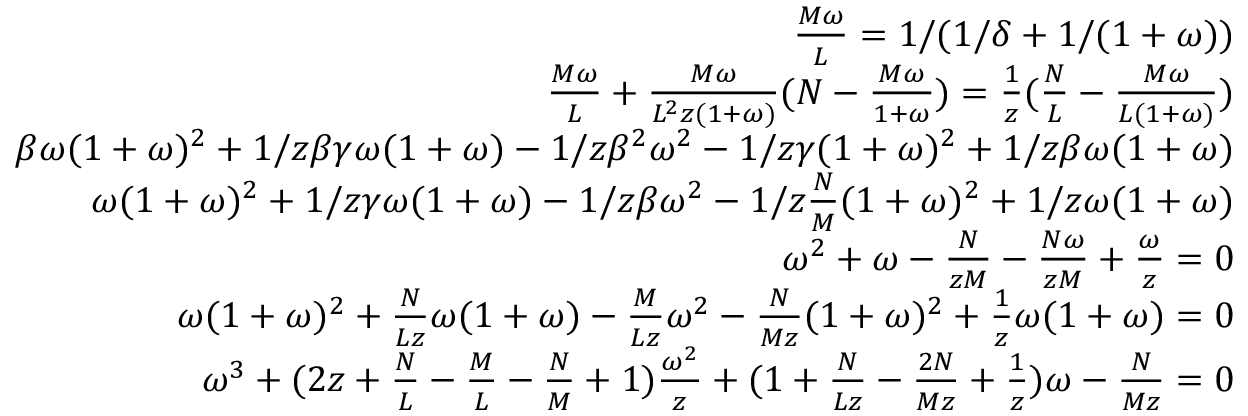
\begin{array} { r } { \frac { M \omega } { L } = 1 / ( 1 / \delta + 1 / ( 1 + \omega ) ) } \\ { \frac { M \omega } { L } + \frac { M \omega } { L ^ { 2 } z ( 1 + \omega ) } ( N - \frac { M \omega } { 1 + \omega } ) = \frac { 1 } { z } ( \frac { N } { L } - \frac { M \omega } { L ( 1 + \omega ) } ) } \\ { \beta \omega ( 1 + \omega ) ^ { 2 } + 1 / z \beta \gamma \omega ( 1 + \omega ) - 1 / z \beta ^ { 2 } \omega ^ { 2 } - 1 / z \gamma ( 1 + \omega ) ^ { 2 } + 1 / z \beta \omega ( 1 + \omega ) } \\ { \omega ( 1 + \omega ) ^ { 2 } + 1 / z \gamma \omega ( 1 + \omega ) - 1 / z \beta \omega ^ { 2 } - 1 / z \frac { N } { M } ( 1 + \omega ) ^ { 2 } + 1 / z \omega ( 1 + \omega ) } \\ { \omega ^ { 2 } + \omega - \frac { N } { z M } - \frac { N \omega } { z M } + \frac { \omega } { z } = 0 } \\ { \omega ( 1 + \omega ) ^ { 2 } + \frac { N } { L z } \omega ( 1 + \omega ) - \frac { M } { L z } \omega ^ { 2 } - \frac { N } { M z } ( 1 + \omega ) ^ { 2 } + \frac { 1 } { z } \omega ( 1 + \omega ) = 0 } \\ { \omega ^ { 3 } + ( 2 z + \frac { N } { L } - \frac { M } { L } - \frac { N } { M } + 1 ) \frac { \omega ^ { 2 } } { z } + ( 1 + \frac { N } { L z } - \frac { 2 N } { M z } + \frac { 1 } { z } ) \omega - \frac { N } { M z } = 0 } \end{array}